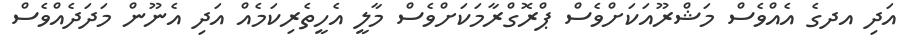
އަދި އދގެ އެއްވެސް މަޝްރޫއަކަށްވެސް ޕްރޮގްރާމަކަށްވެސް މާލީ އެހީތެރިކަމެއް އަދި އެނޫން މަދަދެއްވެސް